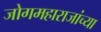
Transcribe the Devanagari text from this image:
जोगमहाराजांच्या